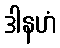
ဒါနဟံ